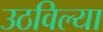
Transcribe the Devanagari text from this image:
उठविल्या